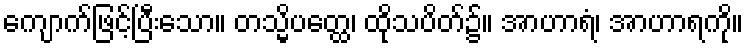
ကျောက်ဖြင့်ပြီးသော။ တသ္မိပတ္ထေ၊ ထိုသပိတ်၌။ အာဟာရံ၊ အာဟာရကို။